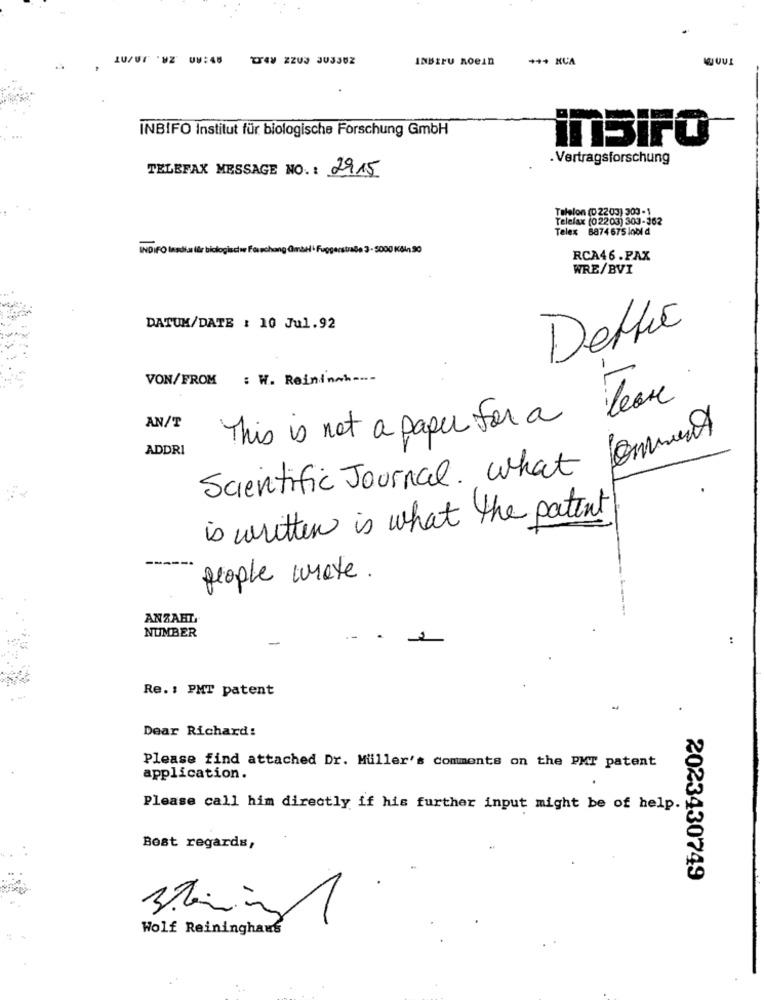
LU/UT 'WZ 08:45
INBLEU noeIn
.. .
INBIFO Institut für biologische Forschung GmbH
inSiFO
. Vertragsforschung
TELEFAX MESSAGE NO. : 2915
Talelon (D 2203) 303 - 1
Telefax (02203) 303-362
Telex 8874675 lobld
INDIFO Insdia får biologischwe Forschung Gmail · Fuggerstraße 3 - 5000 Kčh 30
RCA46.PAX
WRE/BVI
DATUM/DATE : 10 Jul.92
Dette
VON/ FROM : W. Reininch.
This is not a paper for a Team
AN/T
ADDRI
Scientific Journal. What Comment
is written is what the patent
people wrote.
ANZAHL
NUMBER
-
:
Re. : PMT patent
Dear Richard:
Please find attached Dr. Muller's comments on the PMT patent
application.
Please call him directly if his further input might be of help.
Best regards,
2023430749
Wolf Reininghaus